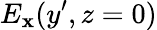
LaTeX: E_{\mathbf{x}}(y^{\prime},z=0)